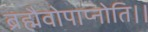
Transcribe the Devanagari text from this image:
ब्रह्मैवोपाप्नोति।।